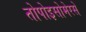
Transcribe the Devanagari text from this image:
तोपोइसोमेरसे